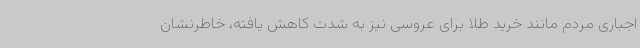
اجباری مردم مانند خرید طلا برای عروسی نیز به شدت کاهش یافته، خاطرنشان